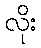
လိုး